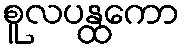
စူလပန္ထကော